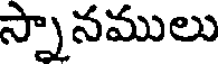
స్నానములు